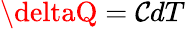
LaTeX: \deltaQ=\mathcal{C}dT